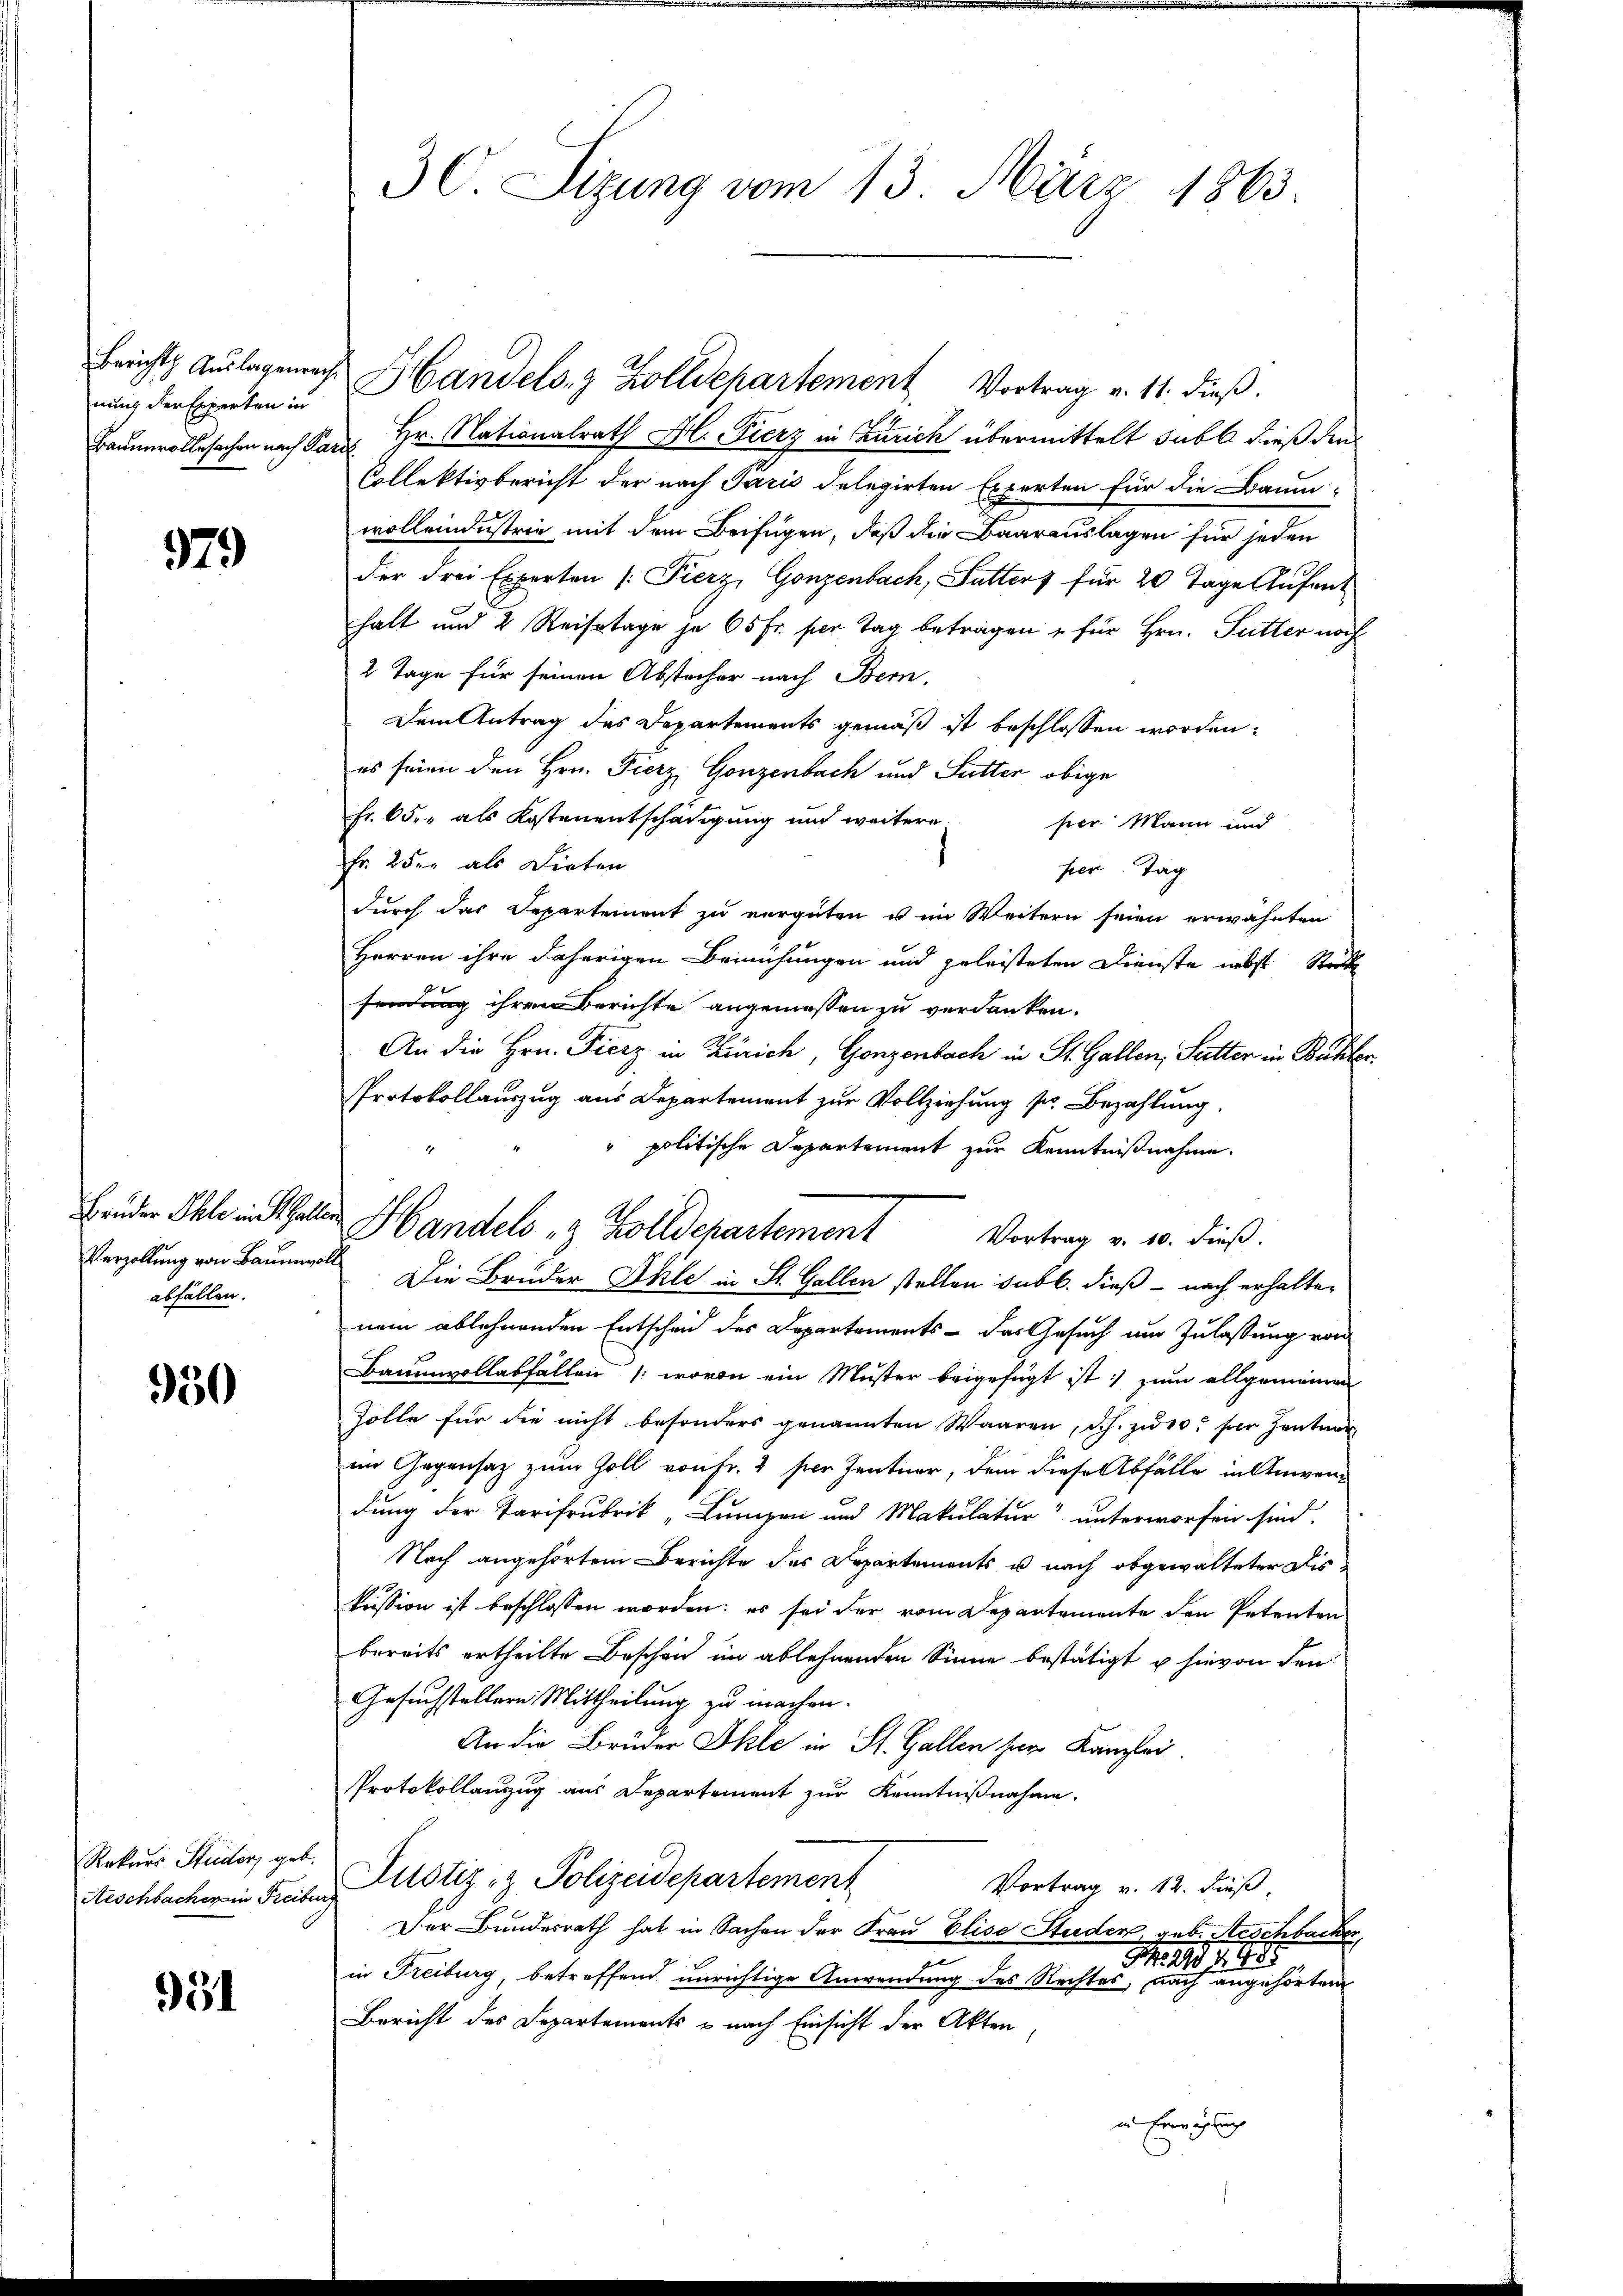
nung der Experten in

979

abfällen.

950

Rekurs Studers geb.
Aeschbacher in Freibe

51

Baumrollesachen nach Par Hr. Nationalrath Hl. Fierz in Zürich übermittelt subt dieß die
Collektivbericht der nach Paris delegirten Experten für die Baum-
wollendustrie mit dem Beifügen, daß die Baarauslagen für jeden
der drei Experten /: Fierz, Gonzenbach, Futters für 20 Tage Aufent
halt und 2 Reisetage je 65 Fr. per Tag betragen u für Hrn. Futter noch
2 Tage für seinen Abstecher nach Bern.
Dem Antrag des Departements gemäß ist beschlossen worden.
es seien den Hrn. Fierz, Gonzenbach und Sutter obige
Fr. 65, als Kostenentschädigung und weitere
hier Mann und
Fr. 2 der als Dieten
ser. Tag
durch das Departement zu vergüten u im Weitern seien erwähnten
Herren ihre daherigen Bemühungen und geleisteten Dienste nebst Stücke
sendung ihren Berichte angemessen zu verdanken.
An die Hrn. Fierz in Zürich, Gonzenbach in St. Gallen, Sutter in Bühler¬
Protokollauszug aus Departement zur Vollziehung sr. Bezahlung.
" politische Departement zur Kenntnißnahme.
Vortrag v. 10. dieß.
Verzollung von Baumwolle. Die Brüder Ihle in St. Gallen stellen sub b. dieß - nach erhalten
nem ablehnenden Entscheid des Departements - das Gesuch um Zulassung von
Baumwollabfallen /: wovon ein Muster beigefügt ist; zum allgemeinen
Zolle für die nicht besonders genannten Waaren, d.h. zu 10 per Zentner
im Gegensatz zum Goll von Fr. 2 ser Zentner, dem diese Abfälle in Anwendung der Tarifrubrik „Lumpen und Makulatur“ unterworfen sind.
Nach angehörtem Berichte des Departements u nach abgewalteter Diskussion ist beschlossen worden: es sei der vom Departemente den Petenten
bereits ertheilte Beschon im ablehnenden Sinne bestätigt u hievon den
Gesuchstellern Mittheilung zu machen.
An die Brüder Ihle in St. Gallen her Kanzlei.
Protokollanzug aus Departement zur Kenntnißnahme.
Justiz- & Polizeidepartement
Vortrag v. 12. Fuß,
s
Der Bundesrath hat in Sachen der Frau Elise Studer, geb. Aeschbacker,
1455
in Freiburg, betreffend unrichtige Anwendung des Rechtes, nach angehörten
Bericht des Departements & nach Einsicht der Akten,
in Ereiglich

3C. Sizung vom 13. März 1863.

Brüder Ihle in Gallen Handels " Zolldepartement

Berichts Auslagenen Handels- & Zolldepartement, Vortrag v. 11. dieß.